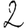
Digit: 2